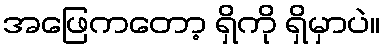
အဖြေကတော့ ရှိကို ရှိမှာပဲ။